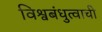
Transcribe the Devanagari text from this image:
विश्वबंधुत्वाची